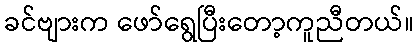
ခင်ဗျားက ဖော်ရွေပြီးတော့ကူညီတယ်။